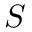
S